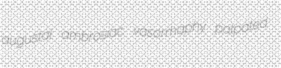
augustal ambrosiac vasorrhaphy palpated